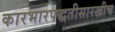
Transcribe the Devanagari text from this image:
कारभारपद्धतीसारखीच